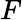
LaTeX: F